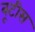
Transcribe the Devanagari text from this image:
बूटीस